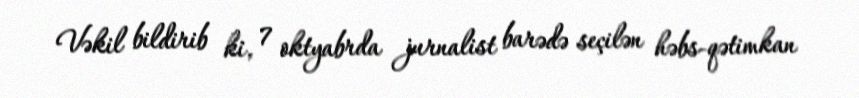
Vəkil bildirib ki, 7 oktyabrda jurnalist barədə seçilən həbs-qətimkan